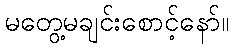
မတွေ့မချင်းစောင့်နော်။